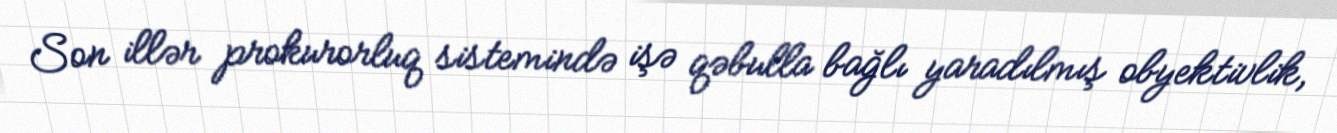
Son illər prokurorluq sistemində işə qəbulla bağlı yaradılmış obyektivlik,